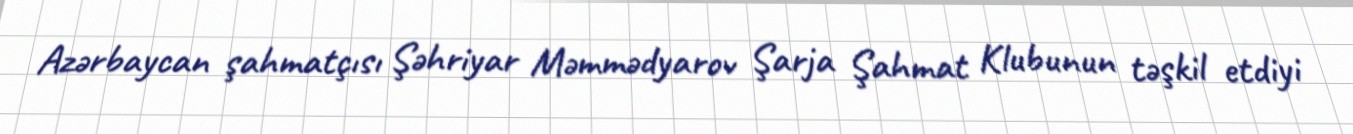
Azərbaycan şahmatçısı Şəhriyar Məmmədyarov Şarja Şahmat Klubunun təşkil etdiyi